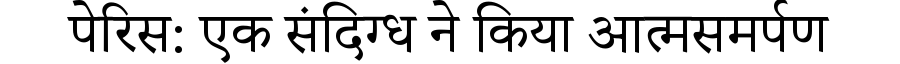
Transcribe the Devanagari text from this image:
पेरिस: एक संदिग्ध ने किया आत्मसमर्पण